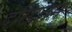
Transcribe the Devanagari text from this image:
दरिद्रतम